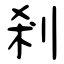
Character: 剎